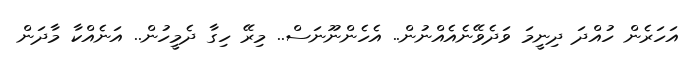
އަހަރެން ހުއްދަ ދިނީމަ ވަދެވޭނެއެއްނުން.. އެހެންނޫނަސް.. މިރޭ ހިގާ ދެމީހުން.. އަނެއްކާ މާދަން